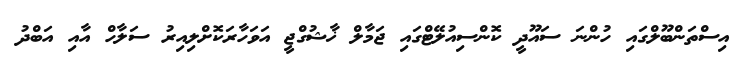
އިސްތަންބޫލްގައި ހުންނަ ސައޫދީ ކޮންސިއުލޭޓްގައި ޖަމާލް ޚާޝުގްޖީ އަވަހާރަކޮށްލިއިރު ސަލާހް އާއި އަބްދު